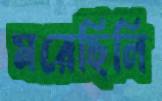
মরেছিলি